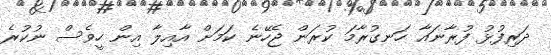
ދަރިފުޅު ފުރާނައާ ހަނގުރާމަ ކުރަން ޖެހޭނެ ކަމަށް އާއިލާ އިން ހީވެސް ނުކުރެ